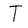
Character: T